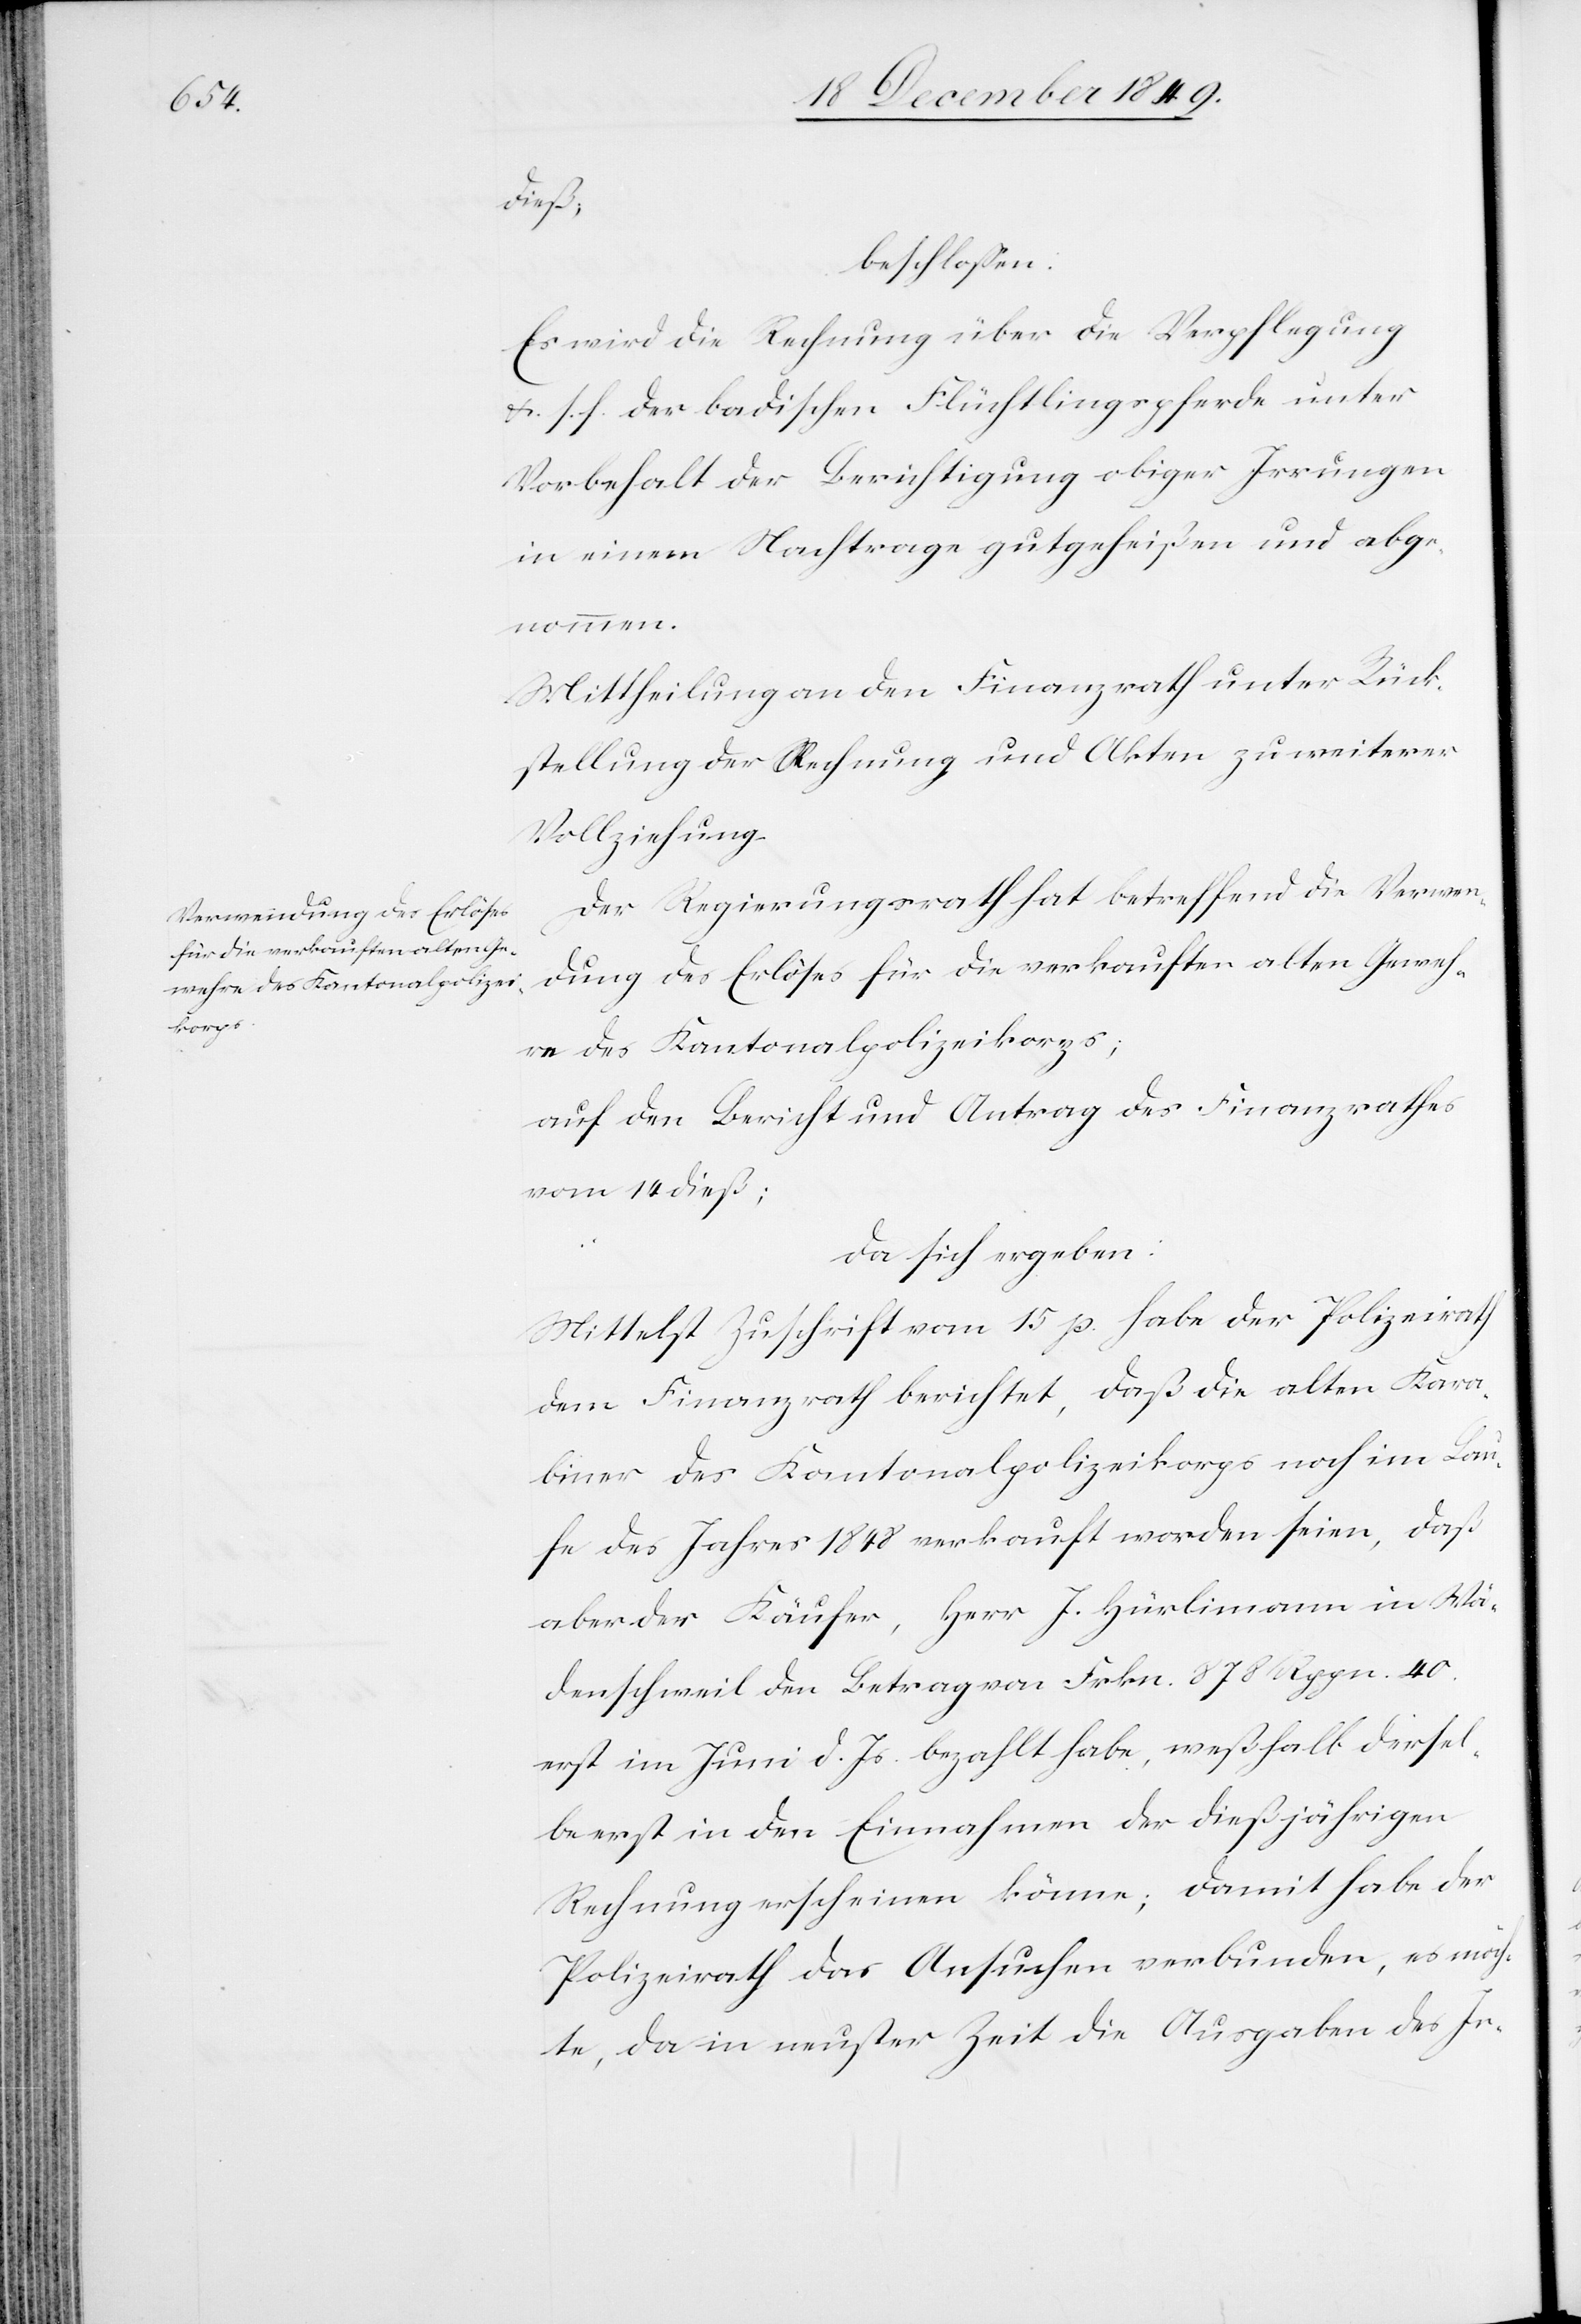
dieß,
beschloßen:
Es wird die Rechnung über die Verpflegung
u. s. f. der badischen Flüchtlingspferde unter
Vorbehalt der Berichtigung obiger Irrungen
in einem Nachtrage gutgeheißen und abge¬
nommen.
Mittheilung an den Finanzrath unter Rück¬
stellung der Rechnung und Akten zu weiterer
Vollziehung.
Der Regierungsrath hat betreffend die Verwen¬
dung des Erlöses für die verkauften alten Geweh¬
re des Kantonspolizeikorps;
auf den Bericht und Antrag des Finanzrathes
vom 14 dieß;
da sich ergeben:
Mittelst Zuschrift vom 15 p. habe der Polizeirath
dem Finanzrath berichtet, daß die alten Kara¬
biner des Kantonalpolizeikorps noch im Lau¬
fe des Jahres 1848 verkauft worden seien, daß
aber der Käufer, Herr J. Hürlimann in Wä¬
denschweil den Betrag von Frkn. 878 Rppn. 40.
erst im Juni d. Js. bezahlt habe, weßhalb dersel¬
be erst in den Einnahmen der dießjährigen
Rechnungsscheinen könne; damit habe der
Polizeirath das Ansuchen verbunden, es möch¬
te, da in neuster Zeit die Ausgaben des In-